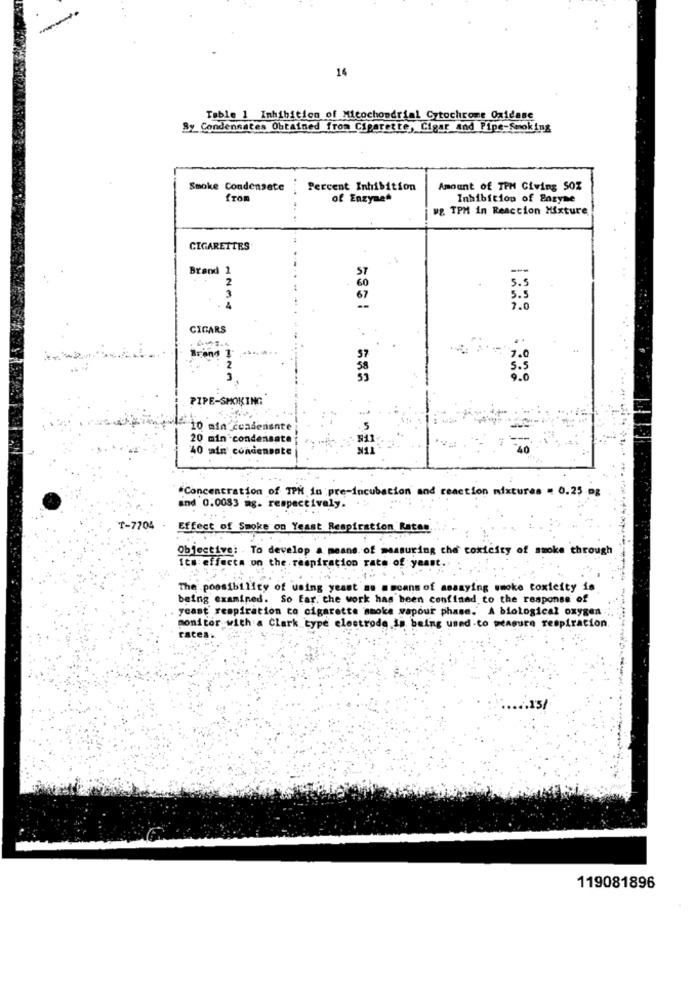
14
Table 1 Inhibition of Mitochondrial Cytochrome Oxidase
Sy Condensates Obtained from Ciparette, Cigar and Pipe-Smoking
Smoke Condensate
Percent Inhibition
Amount of TPM Giving SOZ
from
of Enzyme
Inhibition of Enzyme
wg. TPM in Reaction Mixture
CIGARETTES
Brand
ST
2
60
5.5
67
5.5
CIGARS
Brand 1
2
58
5.5
3
PIPE-SMOKING
-10 min cendensnte
20 min condensate
40 mln conden
ate
"Concentration of TPM in pre-incubation and reaction mixtures = 0.25 mg
and 0.0083 mg. respectively. ...
T-7704
Effect of Smoke on Yeast Respiration Ratas
Objective: To develop a means of measuring cha coxicity of smoke through
Its effects on the respiration rate of yaast.
The possibility of using yeast as ameans of assaying smoke toxicity is
being examined. So Far, the work has been confined to the response of
yeast' respiration to cigarette smoke wapour phase. A biological oxygen
monitor with a Clark type electrode is being used to measure respiration
races.
119081896